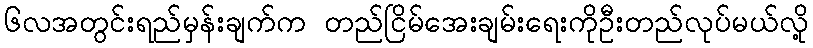
၆လအတွင်းရည်မှန်းချက်က တည်ငြိမ်အေးချမ်းရေးကိုဦးတည်လုပ်မယ်လို့